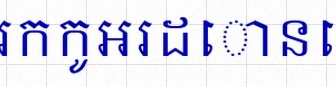
រកកូអរដោនេ